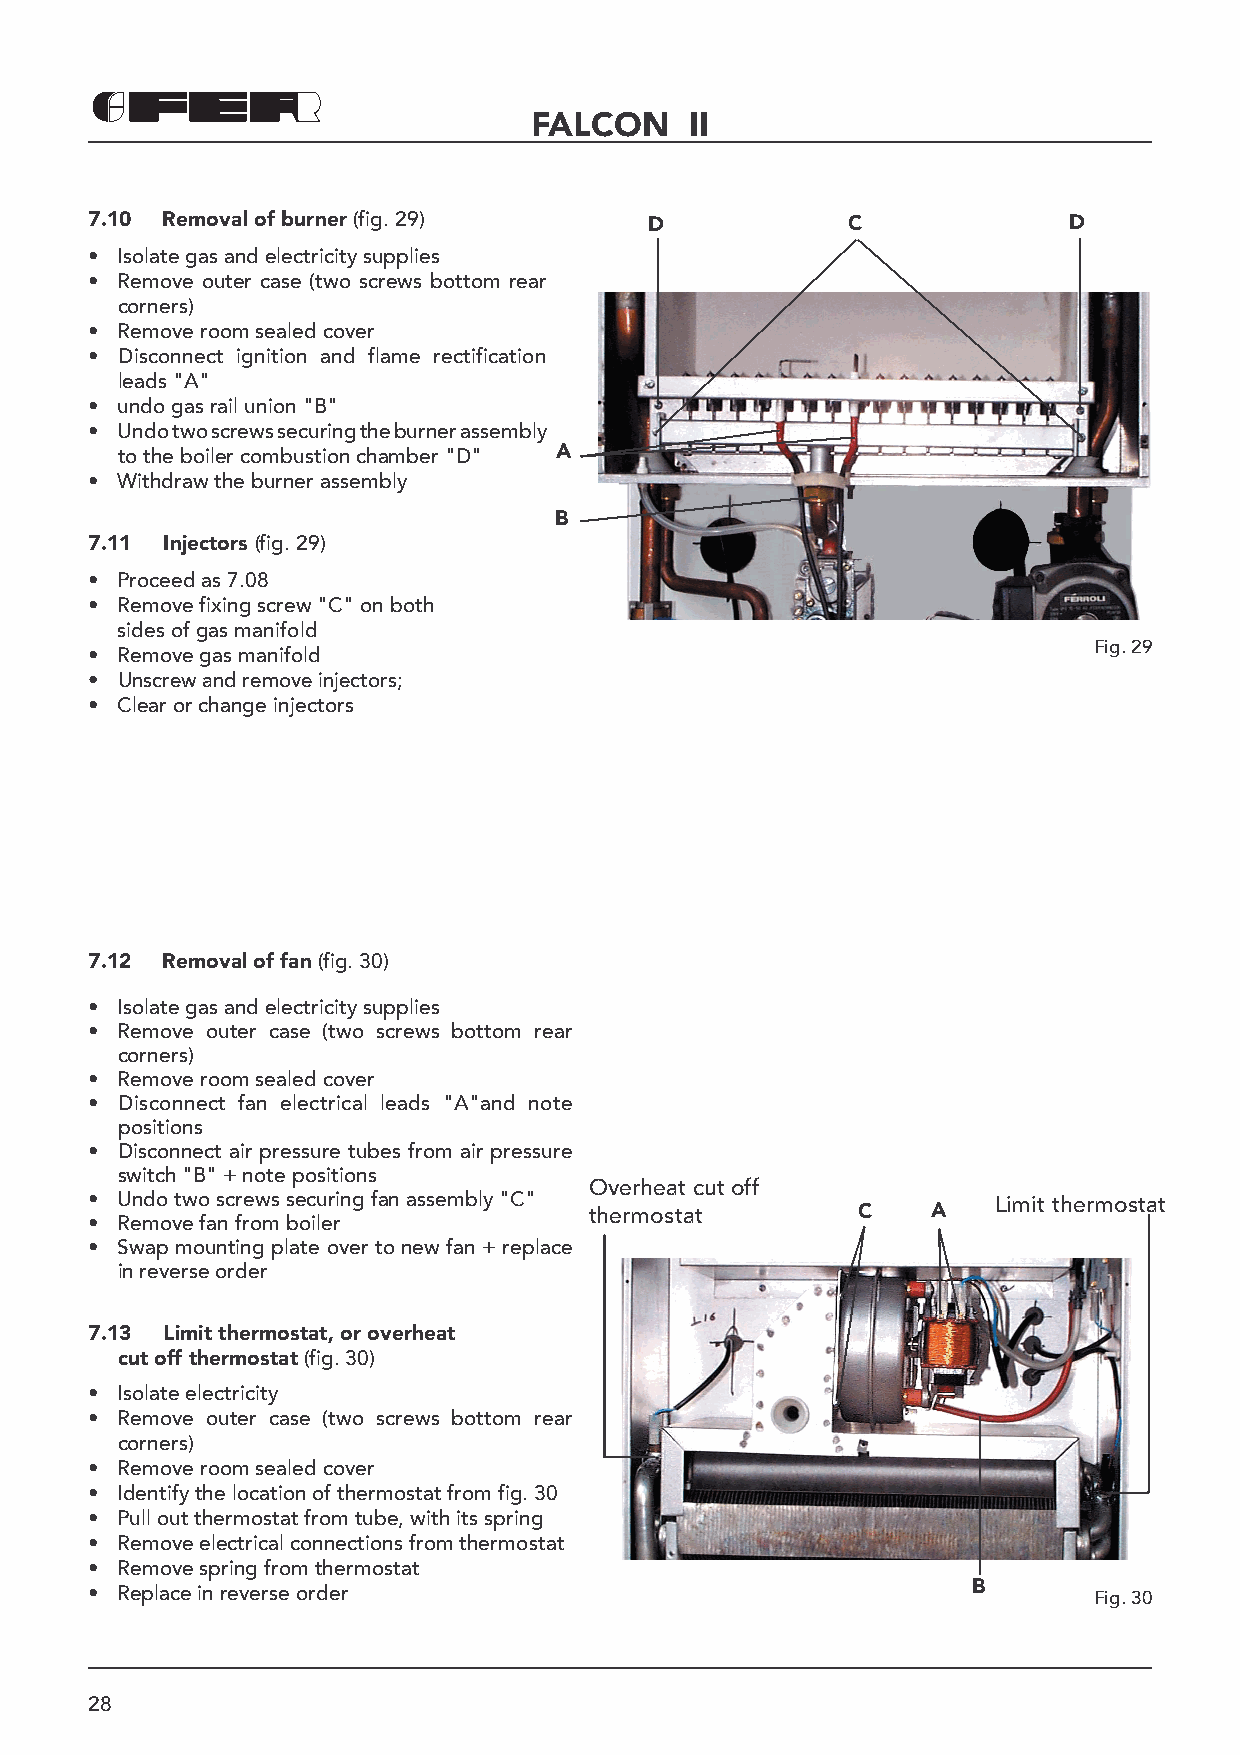
FALCON     II
 7.10 Removal of burner (fig. 29)     D            C              D
 • Isolate gas and electricity supplies
 • Remove outer case (two screws bottom rear
 corners)
 • Remove room sealed cover
 • Disconnect ignition and flame rectification
 leads "A"
 • undo gas rail union "B"
 • Undo two screws securing the burner assembly
 to the boiler combustion chamber "D" A
 • Withdraw the burner assembly
 B
 7.11 Injectors (fig. 29)
 • Proceed as 7.08
 • Remove fixing screw "C" on both
 sides of gas manifold
 Fig. 29
 • Remove gas manifold
 • Unscrew and remove injectors;
 • Clear or change injectors
 7.12 Removal of fan (fig. 30)
 • Isolate gas and electricity supplies
 • Remove outer case (two screws bottom rear
 corners)
 • Remove room sealed cover
 • Disconnect fan electrical leads "A"and note
 positions
 • Disconnect air pressure tubes from air pressure
 switch "B" + note positions
 Overheat cut off
 • Undo two screws securing fan assembly "C"                 Limit thermostat
 thermostat        C    A
 • Remove fan from boiler
 • Swap mounting plate over to new fan + replace
 in reverse order
 7.13 Limit thermostat, or overheat
 cut off thermostat (fig. 30)
 • Isolate electricity
 • Remove outer case (two screws bottom rear
 corners)
 • Remove room sealed cover
 • Identify the location of thermostat from fig. 30
 • Pull out thermostat from tube, with its spring
 • Remove electrical connections from thermostat
 • Remove spring from thermostat
 B
 • Replace in reverse order                                        Fig. 30
 28